Civil Veterinary Dept. Bombay admin report 1893-99 - 1893-1899
Year: 1893
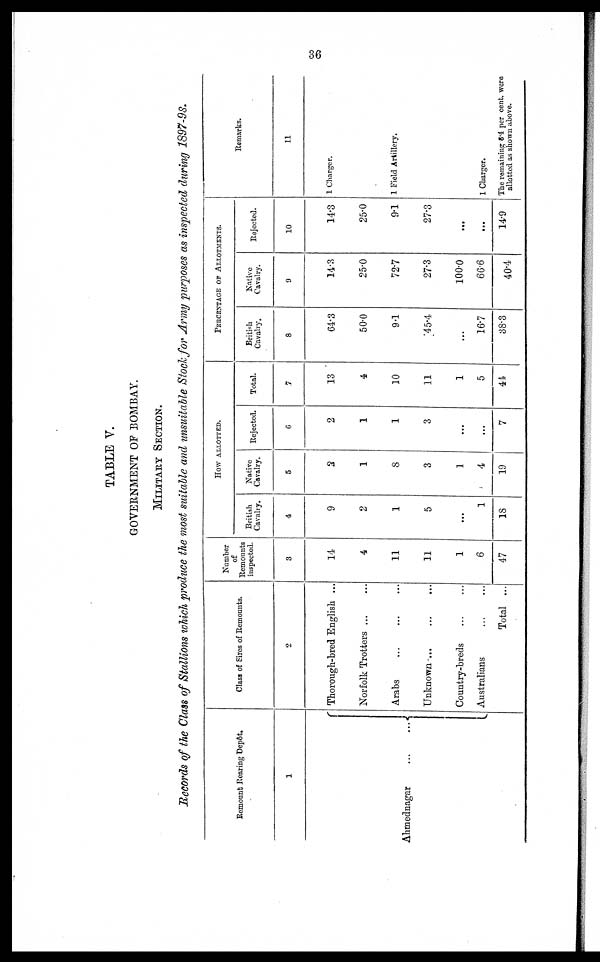
36
TABLE V.
GOVERNMENT OF BOMBAY.
MILITARY SECTION.
Records of the Class of Stallions which produce the most suitable and unsuitable Stock for Army purposes as inspected during 1897-98.
Remount Rearing Depôt.
1
Ahmednagar … …
Class of Sires of Remounts.
2
Thorough-bred English ...
Norfolk Trotters … …
Arabs … … …
Unknown ... … …
Country-breds … …
Australians … …
Total ...
Number
of
Remounts
inspected.
3
14
4
11
11
1
6
47
HOW ALLOTTED.
British
Cavalry.
4
9
2
1
5
...
1
18
Native
Cavalry.
5
2
1
8
3
1
4
19
Rejected.
6
2
1
1
3
...
...
7
Total.
7
13
4
10
11
1
5
44
PERCENTAGE OF ALLOTMENT
British
Cavalry.
8
64.3
50.0
9.1
45.4
...
16.7
38.3
Native
Cavalry.
9
14.3
25.0
72.7
27.3
100.0
66.6
40.4
Rejected.
10
14.3
25.0
9.1
27.3
...
...
14.9
Remarks.
11
1 Charger.
1 Field Artillery.
1 Charger.
The remaining 8.4 per cent. were
allotted as shown above.